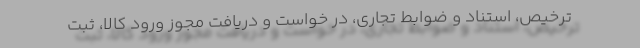
ترخیص، استناد و ضوابط تجاری، در خواست و دریافت مجوز ورود کالا، ثبت